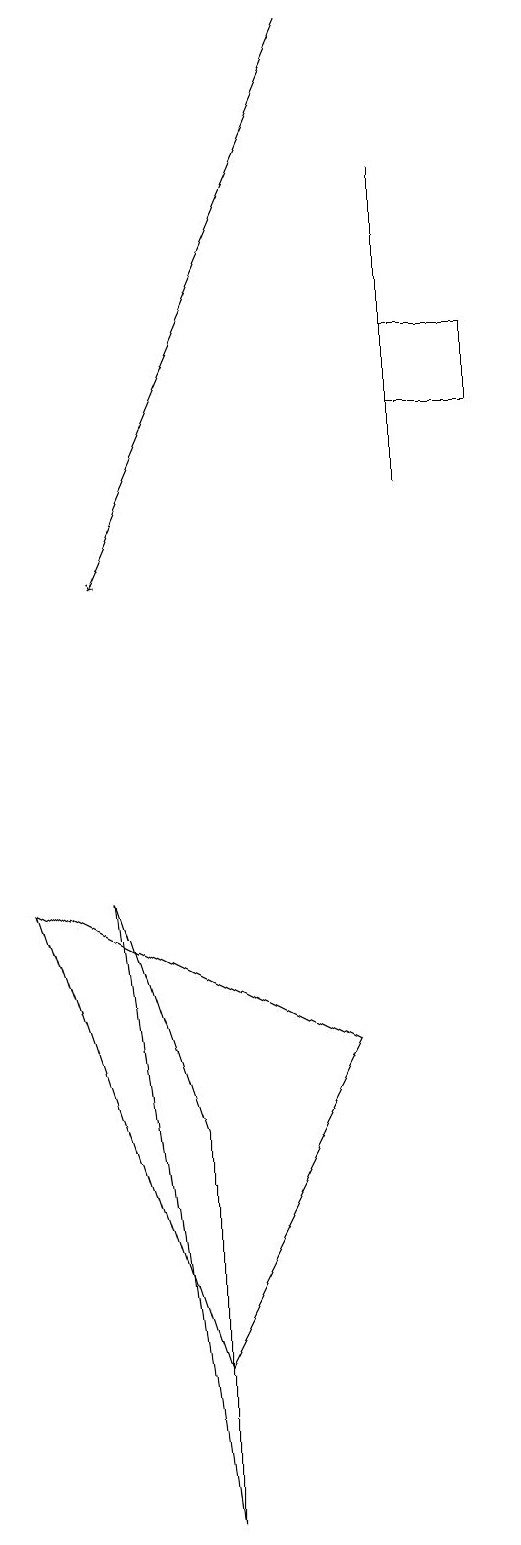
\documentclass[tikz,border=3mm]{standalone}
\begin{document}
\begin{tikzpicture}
\draw (6,13) rectangle (6,17);
\draw (7,14) rectangle (6,15);
\draw (2,8) -- (3,5) -- (3,0) -- cycle;
\draw (3,2) -- (1,8) -- (5,6) -- cycle;
\draw[->] (5,19) -- (2,12);
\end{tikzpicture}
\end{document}